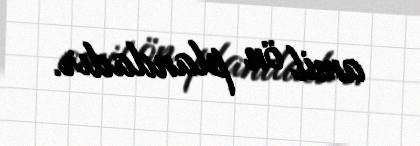
amil ön plandadır.